Cholera in India, 1862 to 1881
Year: 1862
Disease focus: Cholera
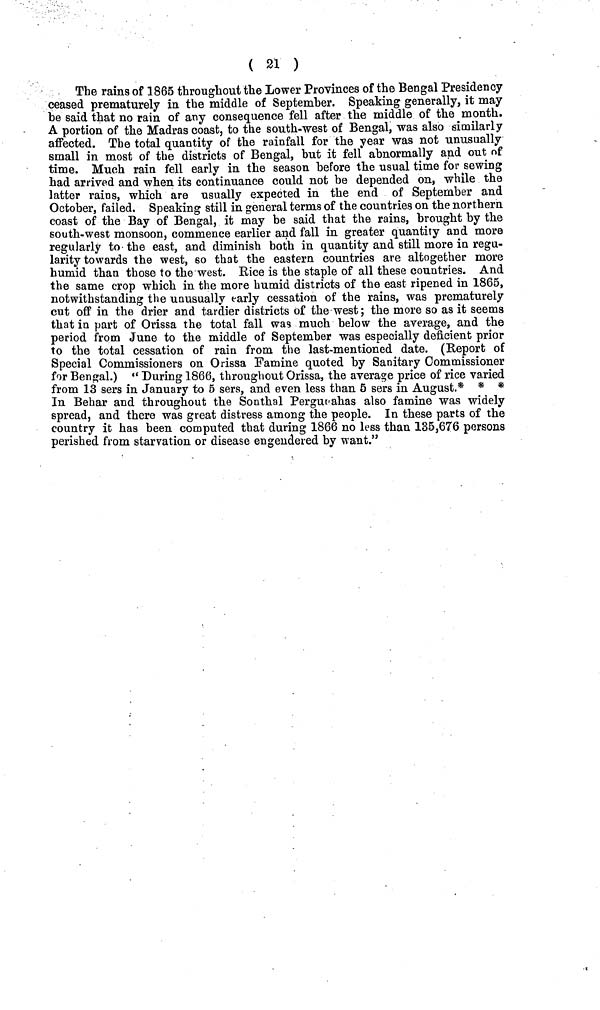
( 21 )
The rains of 1865 throughout the Lower Provinces of the Bengal Presidency
ceased prematurely in the middle of September. Speaking generally, it may
be said that no rain of any consequence fell after the middle of the month.
A portion of the Madras coast, to the south-west of Bengal, was also similarly
affected. The total quantity of the rainfall for the year was not unusually
small in most of the districts of Bengal, hut it fell abnormally and out of
time. Much rain fell early in the season before the usual time for sewing
had arrived and when its continuance could not be depended on, while the
latter rains, which are usually expected in the end of September and
October, failed. Speaking still in general terms of the countries on the northern
coast of the Bay of Bengal, it may be said that the rains, brought by the
south-west monsoon, commence earlier and fall in greater quantity and more
regularly to the east, and diminish both in quantity and still more in regu-
larity towards the west, so that the eastern countries are altogether more
humid than those to the west. Rice is the staple of all these countries. And
the same crop which in the more humid districts of the east ripened in 1865,
notwithstanding the unusually early cessation of the rains, was prematurely
cut off in the drier and tardier districts of the west ; the more so as it seems
that in part of Orissa the total fall was much below the average, and the
period from June to the middle of September was especially deficient prior
to the total cessation of rain from the last-mentioned date. (Report of
Special Commissioners on Orissa Famine quoted by Sanitary Commissioner
for Bengal.)
During 1866, throughout Orissa, the average price of rice varied
from 13 sers in January to 5 sers, and even less than 5 sers in August.* * *
In Behar and throughout the Sonthal Pergurahas also famine was widely
spread, and there was great distress among the people. In these parts of the
country it has been computed that during 1866 no less than 135,676 persons
perished from starvation or disease engendered by want."